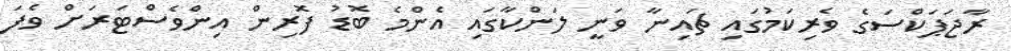
ރާޖަޕަކްސަގެ ވެރިކަމުގައި ޗައިނާ ވަނީ ލަންކާގައި އެންމެ ބޮޑު ފޮރިން އިންވެސްޓަރަށް ވެފަ